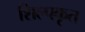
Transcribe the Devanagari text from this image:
शिल्पकृत